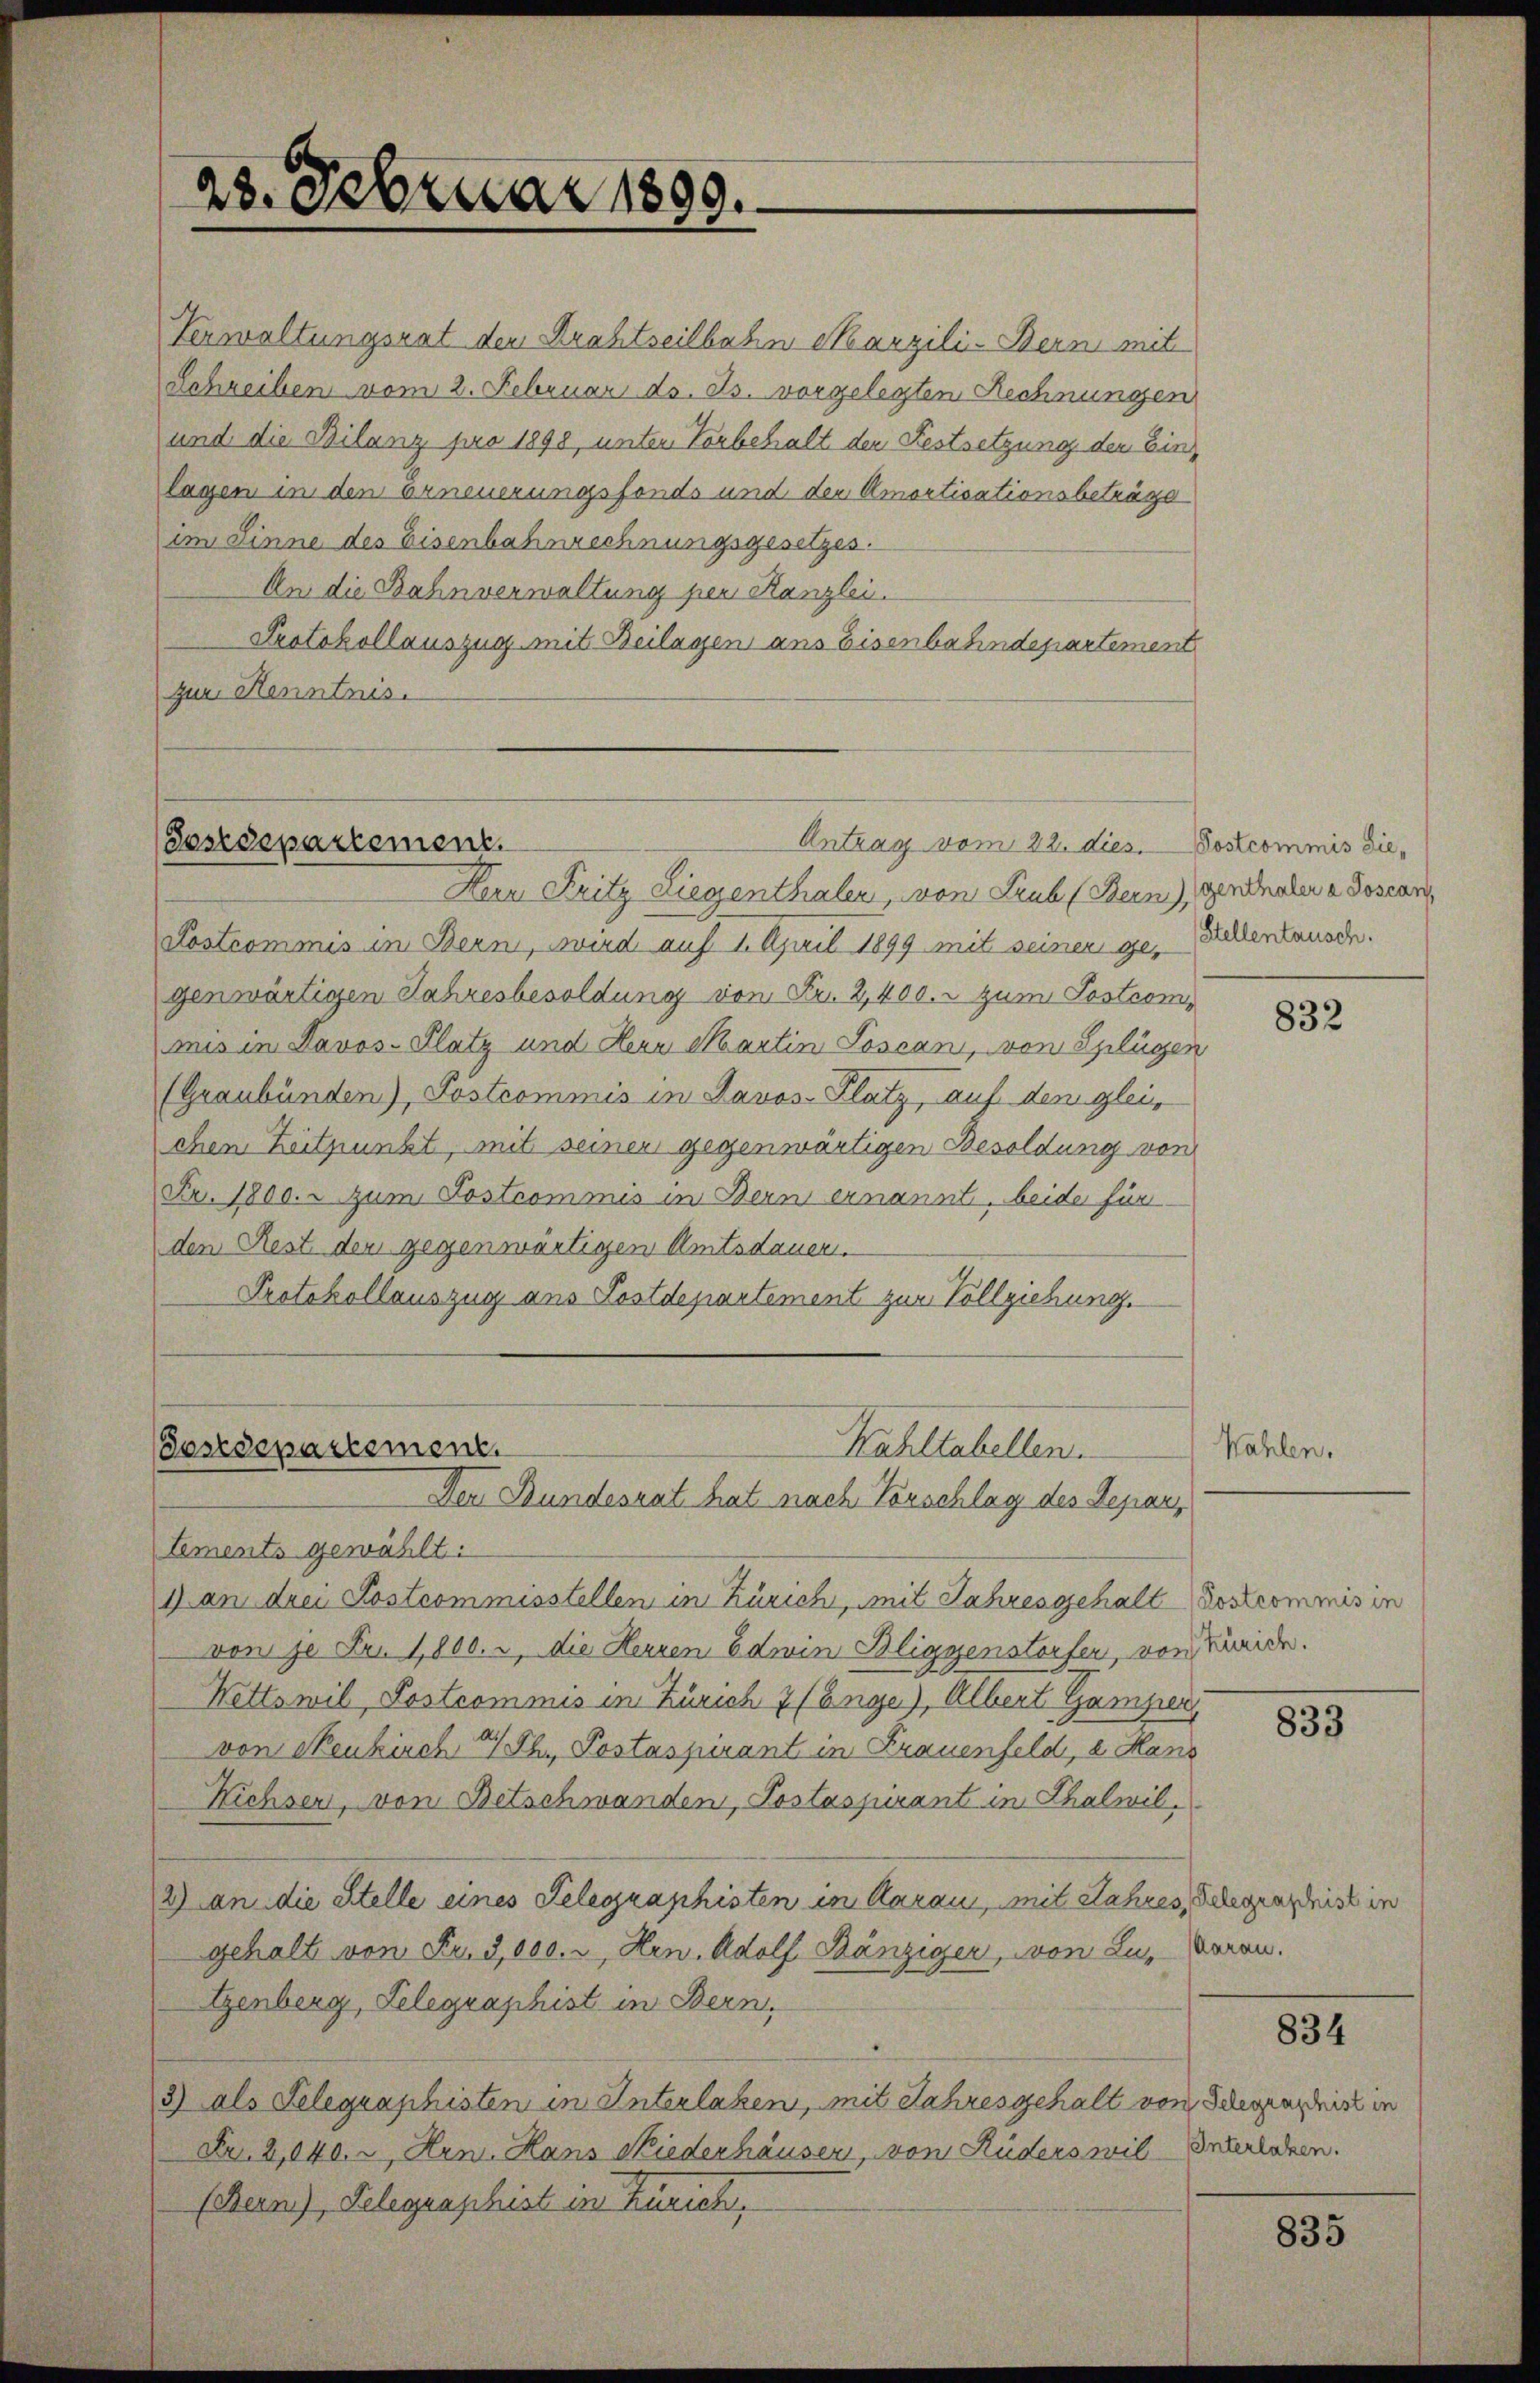
23. Februar 1899.

Verwaltungsrat den Drahtseilbahn Marzili- Bern mit
Schreiben vom 2. Februar ds. ds. vorgelegten Rechnungen
und die Bilanz pro 1898, unter Vorbehalt den Festsetzung der Einlagen in den erneuerungsfonds und der Amortisationsbeträge
im Sinne des Eisenbahnrechnungsgesetzes.
An die Bahnverwaltung per Kanzlei.
Protokollauszug mit Beilagen ans Eisenbahndepartement
zur Henntnis.

Postdepartement

Antrag vom 22. dies. Postcommis die¬

Herr Fritz Liegenthalen, von Trub (Bein), gennaler a Soscan
Kostrommis in Bern, wird auf 1. April 1899 mit seiner gegenwärtigen Jahresbesoldung von Fr. 2,400.- zum Postcommis in Davos- Platz und Herr Martin Toscan, von Splügen
(Graubünden), Postcommis in Davos- Platz, auf dem gleichen Zeitpunkt, mit seinen gegenwärtigen Besoldung von
Fr. 1800. - zum Postcommis in Bern ernannt, beide für
den Rest der gegenwärtigen Amtsdauer.
Protokollauszug aus Postdepartement zur Vollziehung.

Kahltabellen.
Postdepartement
Den Bundesrat hat nach Vorschlag des Depar

Lements gewählt:
1) an drei Kostcommisstellen in Zürich, mit Jahresgehalt Postcommis in
von je Fr. 1800. r, die Herren Edwin Bliggenstorfer, von Seide.
Wettswil, Postcommis in Zürich 7 (Enge), Albert Gamper
von Neukirch 24 Th. Postaspirant in Frauenfeld, u. Hans
Kichsen, von Betschwanden, Postaspirant in Thalwil¬
2) an die Stelle eines Telegraphisten in Aarau, mit Jahres, Gelegenschrist in
gehalt von Fr. 3,000. u Hrn. Adolf Bänziger, von Lu- Voran.
Genberg, Telegraphist in Bern,
3) als Telegraphisten in Interlaken, mit Jahresgehalt von Schlegenschrist in
Fr. 2,040. u Hrn. Haus Niederhäuser, von Ruders wil enterlichen.
(Rein), Gelegraphist in Freihe

Stellentausch.

832

Wahlen.

833

834

835